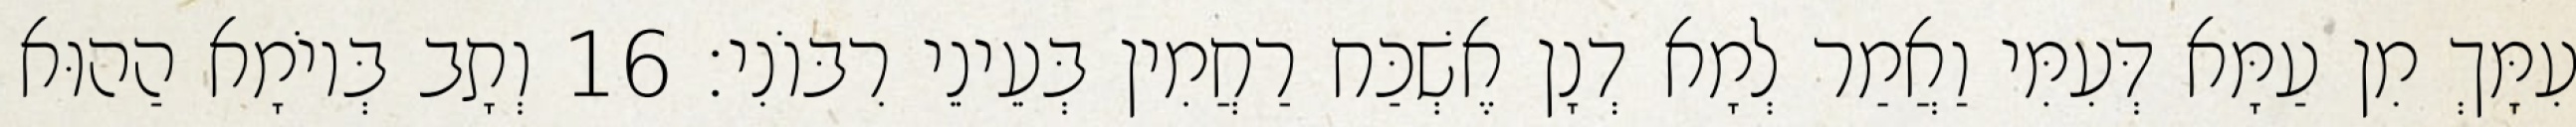
עִמָּךְ מִן עַמָּא דְּעִמִּי וַאֲמַר לְמָא דְנָן אֶשְׁכַּח רַחֲמִין בְּעֵינֵי רִבּוֹנִי׃ 16 וְתָב בְּיוֹמָא הַהוּא